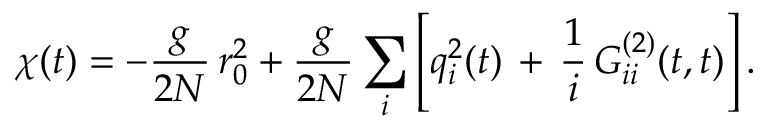
\chi ( t ) = - \frac { g } { 2 N } \, r _ { 0 } ^ { 2 } + \frac { g } { 2 N } \sum _ { i } \left[ q _ { i } ^ { 2 } ( t ) \, + \, \frac { 1 } { i } \, { \cal G } _ { i i } ^ { ( 2 ) } ( t , t ) \right] .